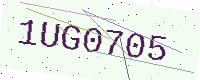
Text: 1UG0705